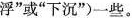
浮”或”下沉”)一些。